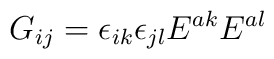
G_{ij} = \epsilon_{ik} \epsilon_{jl} E^{ak} E^{al}